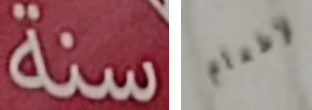
سنة لإطعام